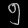
Digit: ၅